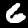
Label: 6